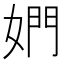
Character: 𰌋